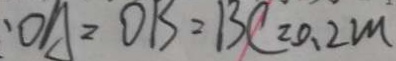
O A = O B = B C = 0 . 2 m